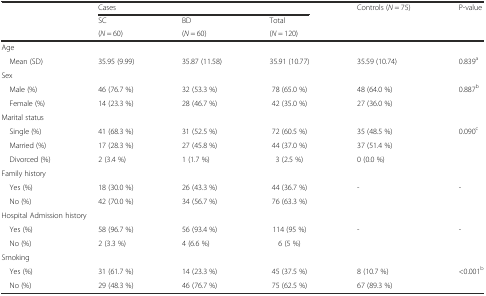
| <ROWSPAN=3>  | <COLSPAN=3> Cases | <ROWSPAN=3> Controls (N = 75) | <ROWSPAN=3> P-value |
 | SC | BD | Total |
 | (N = 60) | (N = 60) | (N = 120) |
 | --- | --- | --- | --- | --- | --- |
 | <COLSPAN=6> Age |
 | Mean (SD) | 35.95 (9.99) | 35.87 (11.58) | 35.91 (10.77) | 35.59 (10.74) | 0.839a |
 | <COLSPAN=6> Sex |
 | Male (%) | 46 (76.7 %) | 32 (53.3 %) | 78 (65.0 %) | 48 (64.0 %) | <ROWSPAN=2> 0.887b |
 | Female (%) | 14 (23.3 %) | 28 (46.7 %) | 42 (35.0 %) | 27 (36.0 %) |
 | <COLSPAN=6> Marital status |
 | Single (%) | 41 (68.3 %) | 31 (52.5 %) | 72 (60.5 %) | 35 (48.5 %) | <ROWSPAN=3> 0.090c |
 | Married (%) | 17 (28.3 %) | 27 (45.8 %) | 44 (37.0 %) | 37 (51.4 %) |
 | Divorced (%) | 2 (3.4 %) | 1 (1.7 %) | 3 (2.5 %) | 0 (0.0 %) |
 | <COLSPAN=6> Family history |
 | Yes (%) | 18 (30.0 %) | 26 (43.3 %) | 44 (36.7 %) | <ROWSPAN=2> - | <ROWSPAN=2> - |
 | No (%) | 42 (70.0 %) | 34 (56.7 %) | 76 (63.3 %) |
 | <COLSPAN=6> Hospital Admission history |
 | Yes (%) | 58 (96.7 %) | 56 (93.4 %) | 114 (95 %) | <ROWSPAN=2> - | <ROWSPAN=2> - |
 | No (%) | 2 (3.3 %) | 4 (6.6 %) | 6 (5 %) |
 | <COLSPAN=6> Smoking |
 | Yes (%) | 31 (61.7 %) | 14 (23.3 %) | 45 (37.5 %) | 8 (10.7 %) | <ROWSPAN=2> <0.001b |
 | No (%) | 29 (48.3 %) | 46 (76.7 %) | 75 (62.5 %) | 67 (89.3 %) |